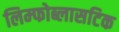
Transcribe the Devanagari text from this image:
लिम्फोब्लासटिक